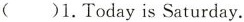
( )1.Today is Saturday.